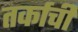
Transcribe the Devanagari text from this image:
तर्काची